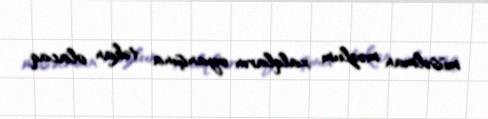
müsəlman məzlum xalqların oyanışına təkan olacaq.